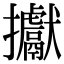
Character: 㩵